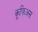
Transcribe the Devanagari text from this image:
कूफिअस